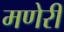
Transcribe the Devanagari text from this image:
मणेरी